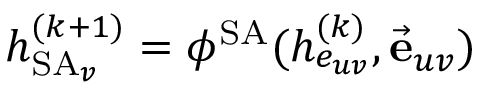
h _ { \operatorname { S A } _ { v } } ^ { ( k + 1 ) } = \phi ^ { \operatorname { S A } } ( h _ { e _ { u v } } ^ { ( k ) } , \vec { \mathbf { e } } _ { u v } )